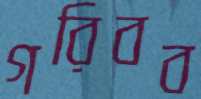
গরিবব